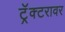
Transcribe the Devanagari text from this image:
ट्रॅक्टरावर